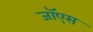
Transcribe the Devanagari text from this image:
जॉएस